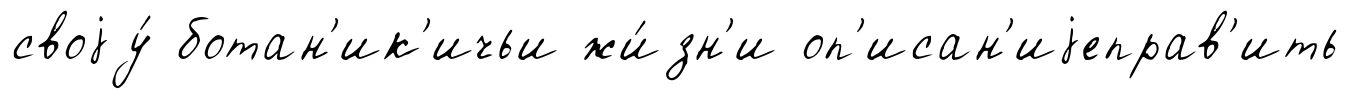
своjу́ ботан'ик'ичьи жи́зн'и оп'исан'иjеправ'ить